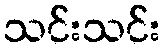
သင်းသင်း